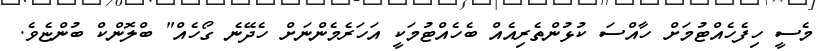
މެސީ ހިފެހެއްޓުމަށް ހާއްސަ ކުޅުންތެރިއެއް ބެހެއްޓުމަކީ އަހަރެމެންނަށް ހެދޭނެ ގޯހެއް" ބްލޮންކް ބުންޏެވެ.